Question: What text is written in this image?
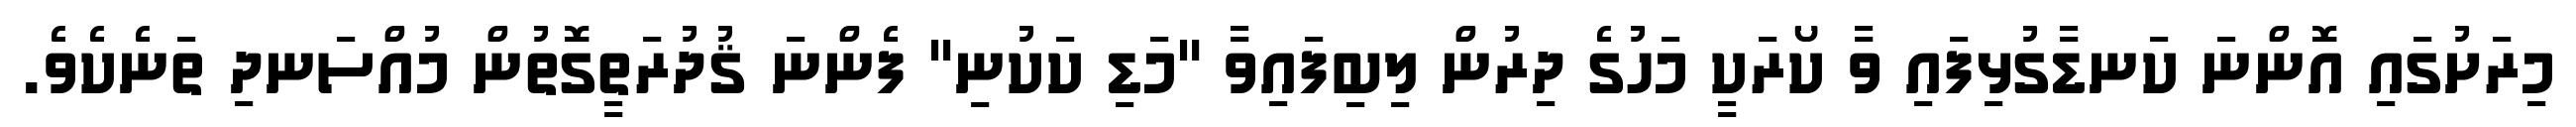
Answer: މިރަށުގައި އޮންނަ ކަނޑާގުޅިފައި ވާ ކޯރަކީ މަހުގެ ދިރުން ލިބިފައިވާ "މަޑި ކަކުނި" ފެންނަ ޤުދުރަތީގޮތުން މުއްސަނދި ތަނެކެވެ.